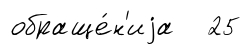
обраще́н'иjа 25